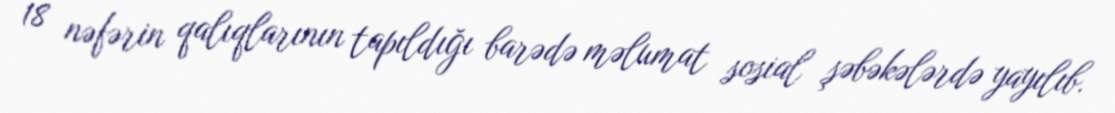
18 nəfərin qalıqlarının tapıldığı barədə məlumat sosial şəbəkələrdə yayılıb.